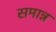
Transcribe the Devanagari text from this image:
समान्न